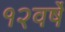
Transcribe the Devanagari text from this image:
१२वर्षे